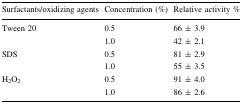
<table><thead><tr><td><b>Surfactants/oxidizing agents</b></td><td><b>Concentration (%)</b></td><td><b>Relative activity %</b></td></tr></thead><tbody><tr><td rowspan="2">Tween 20</td><td>0.5</td><td>66 ± 3.9</td></tr><tr><td>1.0</td><td>42 ± 2.1</td></tr><tr><td rowspan="2">SDS</td><td>0.5</td><td>81 ± 2.9</td></tr><tr><td>1.0</td><td>55 ± 3.5</td></tr><tr><td rowspan="2">H<sub>2</sub>O<sub>2</sub></td><td>0.5</td><td>91 ± 4.0</td></tr><tr><td>1.0</td><td>86 ± 2.6</td></tr></tbody></table>